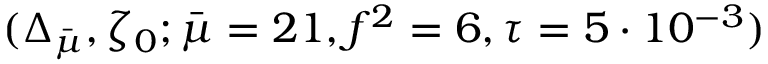
( \Delta _ { \bar { \mu } } , \zeta _ { 0 } ; \bar { \mu } = 2 1 , f ^ { 2 } = 6 , \tau = 5 \cdot 1 0 ^ { - 3 } )